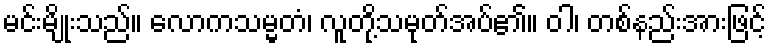
မင်းမျိုးသည်။ လောကသမ္မတံ၊ လူတို့သမုတ်အပ်၏။ ဝါ၊ တစ်နည်းအားဖြင့်